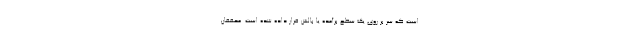
است که سر بر روی یک سطح برآمده یا بالش قرار داده شده است. محققان